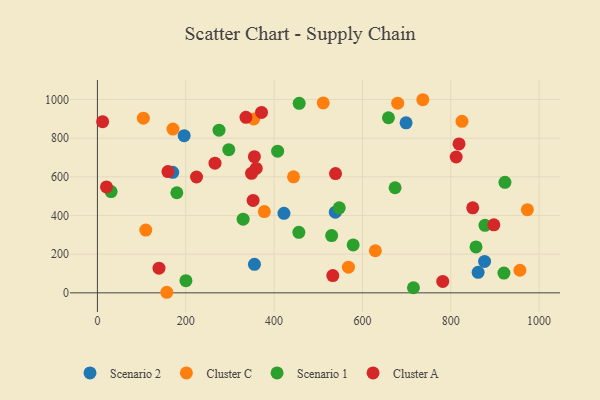
{"axis": {"x": "Investment", "y": "Sales"}, "legend": ["Cluster A", "Cluster C", "Scenario 1", "Scenario 2"], "data": [{"x": "355.5", "y": 147.5, "type": "Scenario 2"}, {"x": "196.4", "y": 812.7, "type": "Scenario 2"}, {"x": "170.5", "y": 623.6, "type": "Scenario 2"}, {"x": "876.5", "y": 162.4, "type": "Scenario 2"}, {"x": "422.3", "y": 411.2, "type": "Scenario 2"}, {"x": "538.6", "y": 417.0, "type": "Scenario 2"}, {"x": "698.8", "y": 879.4, "type": "Scenario 2"}, {"x": "861.9", "y": 106.1, "type": "Scenario 2"}, {"x": "956.5", "y": 116.8, "type": "Cluster C"}, {"x": "568.3", "y": 132.9, "type": "Cluster C"}, {"x": "736.7", "y": 998.9, "type": "Cluster C"}, {"x": "353.9", "y": 899.4, "type": "Cluster C"}, {"x": "444.0", "y": 600.1, "type": "Cluster C"}, {"x": "679.8", "y": 981.2, "type": "Cluster C"}, {"x": "825.4", "y": 887.3, "type": "Cluster C"}, {"x": "377.9", "y": 420.3, "type": "Cluster C"}, {"x": "629.2", "y": 217.6, "type": "Cluster C"}, {"x": "511.2", "y": 982.6, "type": "Cluster C"}, {"x": "109.5", "y": 324.7, "type": "Cluster C"}, {"x": "157.1", "y": 2.9, "type": "Cluster C"}, {"x": "973.4", "y": 430.0, "type": "Cluster C"}, {"x": "171.0", "y": 847.0, "type": "Cluster C"}, {"x": "104.0", "y": 903.3, "type": "Cluster C"}, {"x": "673.9", "y": 543.7, "type": "Scenario 1"}, {"x": "408.0", "y": 732.8, "type": "Scenario 1"}, {"x": "456.0", "y": 313.2, "type": "Scenario 1"}, {"x": "31.0", "y": 523.9, "type": "Scenario 1"}, {"x": "456.8", "y": 980.1, "type": "Scenario 1"}, {"x": "877.4", "y": 349.2, "type": "Scenario 1"}, {"x": "297.4", "y": 740.5, "type": "Scenario 1"}, {"x": "179.8", "y": 517.6, "type": "Scenario 1"}, {"x": "579.0", "y": 247.7, "type": "Scenario 1"}, {"x": "857.1", "y": 237.4, "type": "Scenario 1"}, {"x": "920.3", "y": 102.4, "type": "Scenario 1"}, {"x": "530.3", "y": 296.3, "type": "Scenario 1"}, {"x": "329.9", "y": 381.0, "type": "Scenario 1"}, {"x": "658.9", "y": 905.7, "type": "Scenario 1"}, {"x": "200.4", "y": 63.1, "type": "Scenario 1"}, {"x": "547.5", "y": 439.6, "type": "Scenario 1"}, {"x": "922.6", "y": 571.8, "type": "Scenario 1"}, {"x": "275.3", "y": 841.5, "type": "Scenario 1"}, {"x": "715.5", "y": 26.2, "type": "Scenario 1"}, {"x": "224.4", "y": 599.3, "type": "Cluster A"}, {"x": "539.1", "y": 617.0, "type": "Cluster A"}, {"x": "359.5", "y": 643.3, "type": "Cluster A"}, {"x": "20.5", "y": 547.9, "type": "Cluster A"}, {"x": "371.5", "y": 933.4, "type": "Cluster A"}, {"x": "849.7", "y": 439.7, "type": "Cluster A"}, {"x": "355.4", "y": 704.2, "type": "Cluster A"}, {"x": "336.3", "y": 907.7, "type": "Cluster A"}, {"x": "11.8", "y": 885.6, "type": "Cluster A"}, {"x": "352.5", "y": 478.1, "type": "Cluster A"}, {"x": "897.5", "y": 352.0, "type": "Cluster A"}, {"x": "139.4", "y": 127.6, "type": "Cluster A"}, {"x": "266.2", "y": 670.7, "type": "Cluster A"}, {"x": "348.9", "y": 618.4, "type": "Cluster A"}, {"x": "812.2", "y": 702.7, "type": "Cluster A"}, {"x": "781.8", "y": 58.8, "type": "Cluster A"}, {"x": "532.9", "y": 89.1, "type": "Cluster A"}, {"x": "818.6", "y": 770.5, "type": "Cluster A"}, {"x": "159.7", "y": 627.5, "type": "Cluster A"}]}